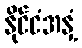
နိုင်ငံအနှံ့